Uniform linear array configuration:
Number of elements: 48
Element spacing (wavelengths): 1
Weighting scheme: exponential
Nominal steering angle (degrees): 30
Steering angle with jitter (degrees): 31.26
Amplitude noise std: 0.05
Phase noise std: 0.05

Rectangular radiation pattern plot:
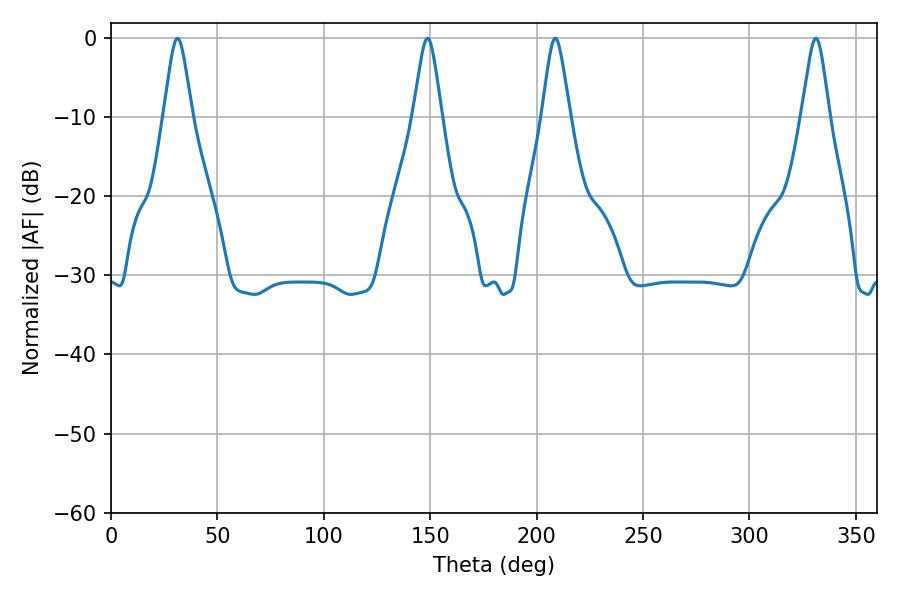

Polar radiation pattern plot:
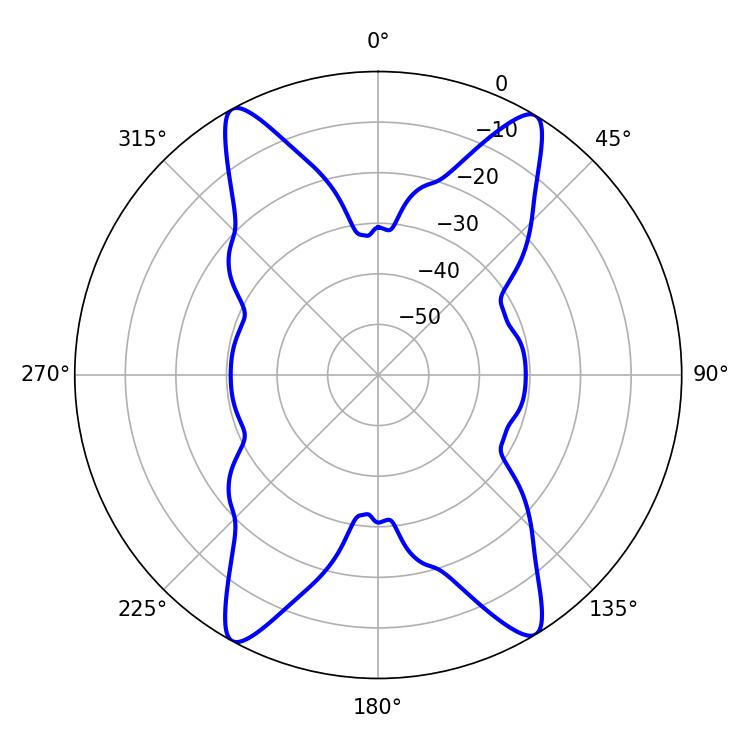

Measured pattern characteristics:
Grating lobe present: TRUE
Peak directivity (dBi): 21.998
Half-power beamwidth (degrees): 6.3
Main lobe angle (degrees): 331.2